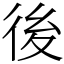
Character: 後